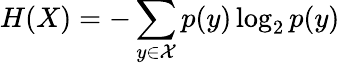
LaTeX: H(X)=-\sum_{y\in{\mathcal{X}}}p(y)\log_{2}p(y)